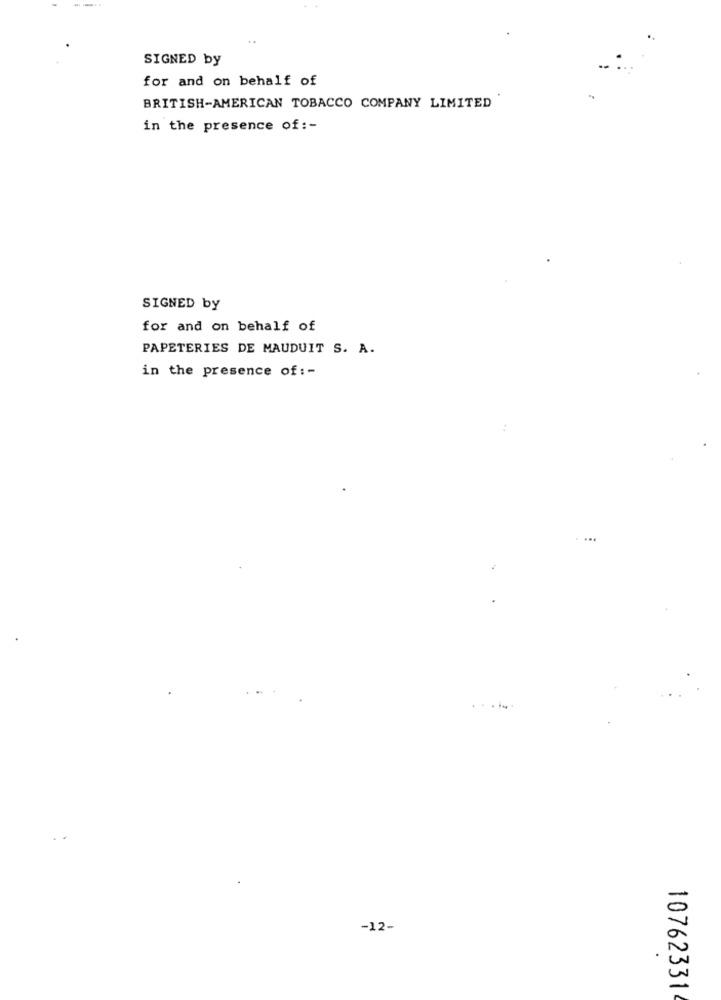
SIGNED by
for and on behalf of
BRITISH-AMERICAN TOBACCO COMPANY LIMITED
in the presence of :-
SIGNED by
for and on behalf of
PAPETERIES DE MAUDUIT S. A.
in the presence of: -
. .
-12-
10762331